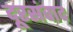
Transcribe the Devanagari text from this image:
दूरसंवाद